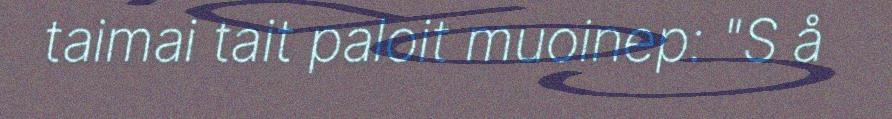
taimai tait paloit muoinep: "S å